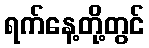
ရက်နေ့တို့တွင်